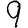
Digit: 9